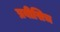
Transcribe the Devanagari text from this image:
प्रबीसिच